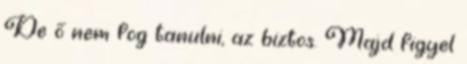
De ő nem fog tanulni, az biztos. Majd figyel